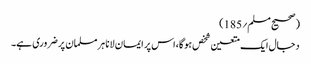
(صحیح مسلم؍185)
دجال ایک متعین شخص ہوگا،اس پر ایمان لانا ہر مسلمان پر ضروری ہے۔